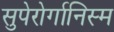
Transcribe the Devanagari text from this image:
सुपेरोर्गानिस्म